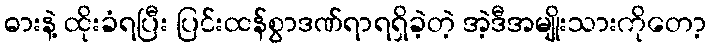
ဓားနဲ့ ထိုးခံရပြီး ပြင်းထန်စွာဒဏ်ရာရရှိခဲ့တဲ့ အဲ့ဒီအမျိုးသားကိုတော့